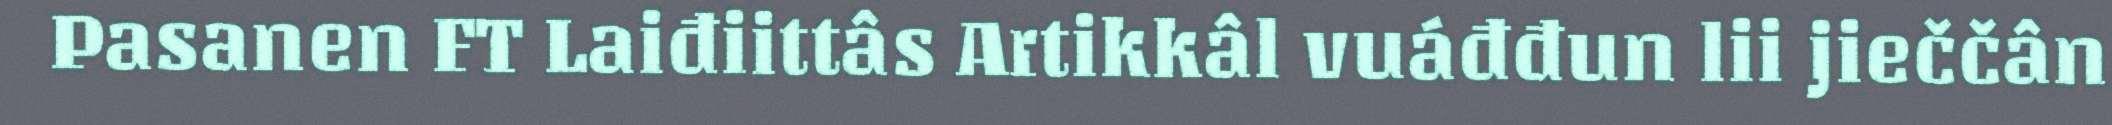
Pasanen FT Laiđiittâs Artikkâl vuáđđun lii jieččân